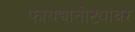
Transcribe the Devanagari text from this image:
फायद्यातोट्यांवर